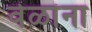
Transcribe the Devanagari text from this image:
वेळांना